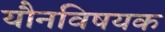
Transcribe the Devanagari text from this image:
यौनविषयक